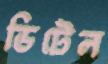
ডিটেল